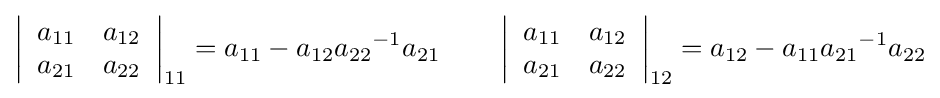
\left|{\begin{array}{cc}a_{11}&a_{12}\\a_{21}&a_{22}\end{array}}\right|_{11}=a_{11}-a_{12}{a_{22}}^{-1}a_{21}\qquad \left|{\begin{array}{cc}a_{11}&a_{12}\\a_{21}&a_{22}\end{array}}\right|_{12}=a_{12}-a_{11}{a_{21}}^{-1}a_{22}